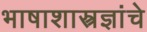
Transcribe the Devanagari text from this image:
भाषाशास्त्रज्ञांचे